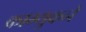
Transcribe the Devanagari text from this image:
काम्युकने